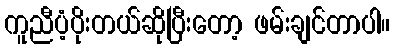
ကူညီပံ့ပိုးတယ်ဆိုပြီးတော့ ဖမ်းချင်တာပါ။